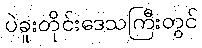
ပဲခူးတိုင်းဒေသကြီးတွင်